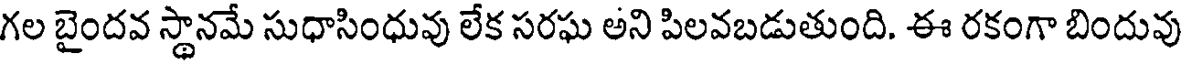
గల బైందవ స్థానమే సుధాసింధువు లేక సరఘ అని పిలవబడుతుంది. ఈ రకంగా బిందువు